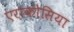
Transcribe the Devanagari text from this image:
एराकोसिया